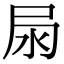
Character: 𡱊